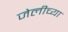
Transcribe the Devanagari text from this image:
जेलीच्या